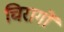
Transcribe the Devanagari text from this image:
चिरागों